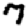
Digit: 7